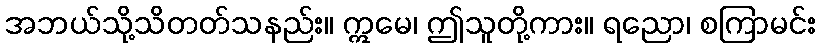
အဘယ်သို့သိတတ်သနည်း။ ဣမေ၊ ဤသူတို့ကား။ ရညော၊ စကြာမင်း